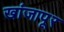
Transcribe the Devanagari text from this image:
खांजापूर